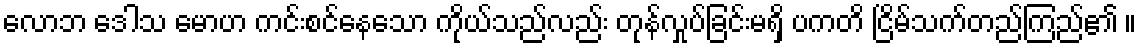
လောဘ ဒေါသ မောဟ ကင်းစင်နေသော ကိုယ်သည်လည်း တုန်လှုပ်ခြင်းမရှိ ပကတိ ငြိမ်သက်တည်ကြည်၏ ။